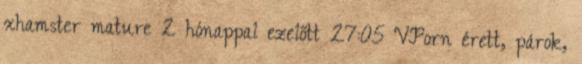
xhamster mature 2 hónappal ezelőtt 27:05 VPorn érett, párok,